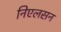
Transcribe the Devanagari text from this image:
निएलसन